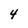
Character: 4